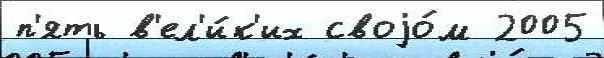
п'ять в'ел'и́к'их своjо́м 2005